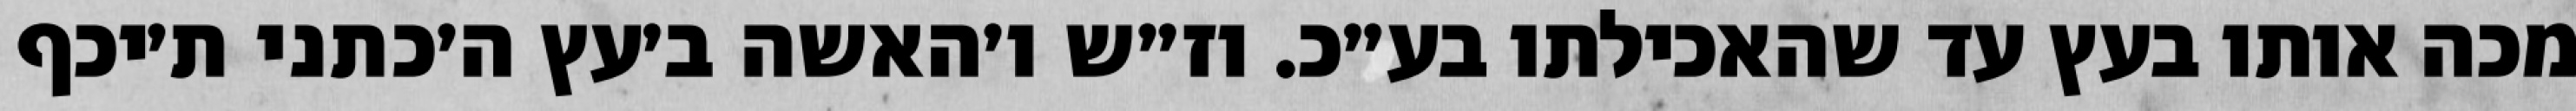
מכה אותו בעץ עד שהאכילתו בע״כ. וז״ש ו׳האשה ב׳עץ ה׳כתני ת׳יכף